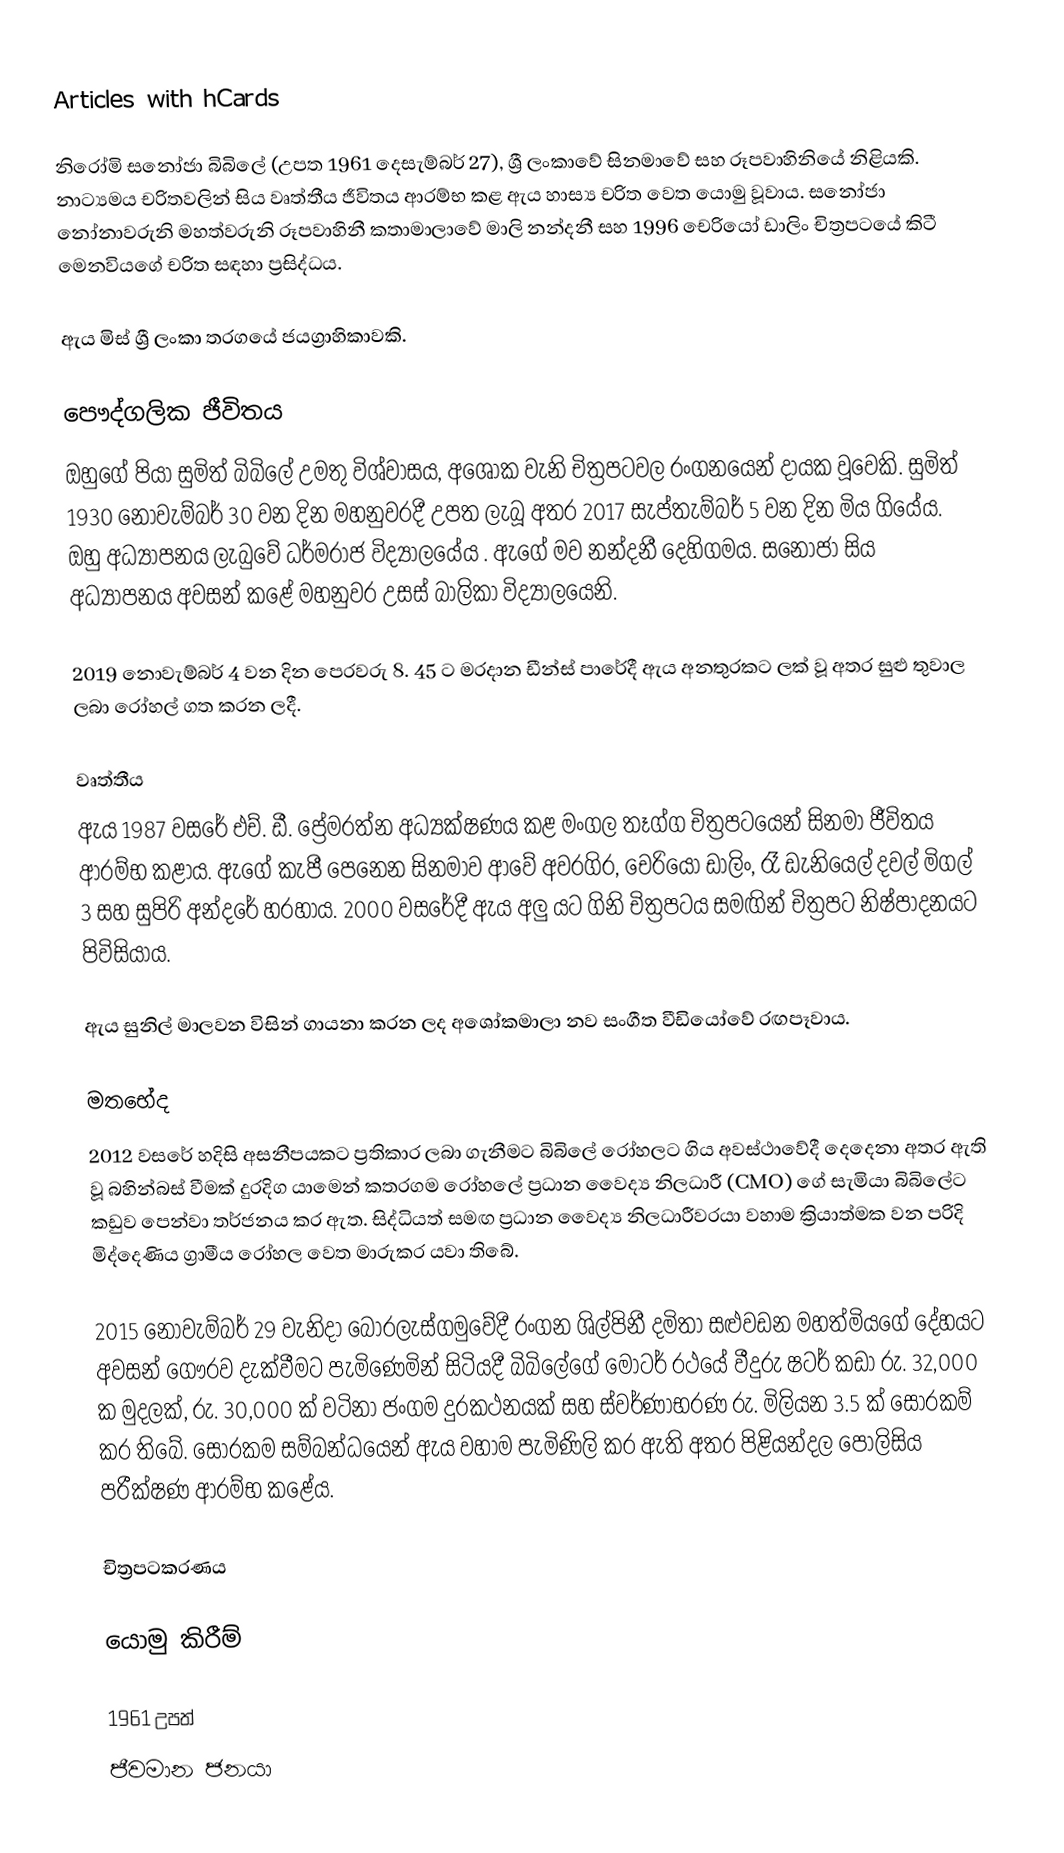
Articles with hCards

නිරෝමි සනෝජා බිබිලේ (උපත 1961 දෙසැම්බර් 27), ශ්‍රී ලංකාවේ සිනමාවේ සහ රූපවාහිනියේ නිළියකි. නාට්‍යමය චරිතවලින් සිය වෘත්තීය ජීවිතය ආරම්භ කළ ඇය හාස්‍ය චරිත වෙත යොමු වූවාය. සනෝජා නෝනාවරුනි මහත්වරුනි රූපවාහිනී කතාමාලාවේ මාලි නන්දනී සහ 1996 චෙරියෝ ඩාලිං චිත්‍රපටයේ කිටී මෙනවියගේ චරිත සඳහා ප්‍රසිද්ධය.

ඇය මිස් ශ්‍රී ලංකා තරගයේ ජයග්‍රාහිකාවකි.

පෞද්ගලික ජීවිතය
ඔහුගේ පියා සුමිත් බිබිලේ උමතු විශ්වාසය, අශෝක වැනි චිත්‍රපටවල රංගනයෙන් දායක වූවෙකි. සුමිත් 1930 නොවැම්බර් 30 වන දින මහනුවරදී උපත ලැබූ අතර 2017 සැප්තැම්බර් 5 වන දින මිය ගියේය. ඔහු අධ්‍යාපනය ලැබුවේ ධර්මරාජ විද්‍යාලයේය . ඇගේ මව නන්දනී දෙහිගමය. සනෝජා සිය අධ්‍යාපනය අවසන් කළේ මහනුවර උසස් බාලිකා විද්‍යාලයෙනි.

2019 නොවැම්බර් 4 වන දින පෙරවරු 8. 45 ට මරදාන ඩීන්ස් පාරේදී ඇය අනතුරකට ලක් වූ අතර සුළු තුවාල ලබා රෝහල් ගත කරන ලදී.

වෘත්තීය
ඇය 1987 වසරේ එච්. ඩී. ප්‍රේමරත්න අධ්‍යක්ෂණය කළ මංගල තෑග්ග චිත්‍රපටයෙන් සිනමා ජීවිතය ආරම්භ කළාය. ඇගේ කැපී පෙනෙන සිනමාව ආවේ අවරගිර, චෙරියෝ ඩාලිං, රෑ ඩැනියෙල් දවල් මිගල් 3 සහ සුපිරි අන්දරේ හරහාය. 2000 වසරේදී ඇය අලු යට ගිනි චිත්‍රපටය සමඟින් චිත්‍රපට නිෂ්පාදනයට පිවිසියාය.

ඇය සුනිල් මාලවන විසින් ගායනා කරන ලද අශෝකමාලා නව සංගීත වීඩියෝවේ රඟපෑවාය.

මතභේද
2012 වසරේ හදිසි අසනීපයකට ප්‍රතිකාර ලබා ගැනීමට බිබිලේ රෝහලට ගිය අවස්ථාවේදී දෙදෙනා අතර ඇති වූ බහින්බස් වීමක් දුරදිග යාමෙන් කතරගම රෝහලේ ප්‍රධාන වෛද්‍ය නිලධාරී (CMO) ගේ සැමියා බිබිලේට කඩුව පෙන්වා තර්ජනය කර ඇත. සිද්ධියත් සමඟ ප්‍රධාන වෛද්‍ය නිලධාරීවරයා වහාම ක්‍රියාත්මක වන පරිදි මිද්දෙණිය ග්‍රාමීය රෝහල වෙත මාරුකර යවා තිබේ.

2015 නොවැම්බර් 29 වැනිදා බොරලැස්ගමුවේදී රංගන ශිල්පිනී දමිතා සළුවඩන මහත්මියගේ දේහයට අවසන් ගෞරව දැක්වීමට පැමිණෙමින් සිටියදී බිබිලේගේ මෝටර් රථයේ වීදුරු ෂටර් කඩා රු. 32,000 ක මුදලක්, රු. 30,000 ක් වටිනා ජංගම දුරකථනයක් සහ ස්වර්ණාභරණ රු. මිලියන 3.5 ක් සොරකම් කර තිබේ. සොරකම සම්බන්ධයෙන් ඇය වහාම පැමිණිලි කර ඇති අතර පිළියන්දල පොලිසිය පරීක්ෂණ ආරම්භ කළේය.

චිත්‍රපටකරණය

යොමු කිරීම්

1961 උපත්
ජීවමාන ජනයා